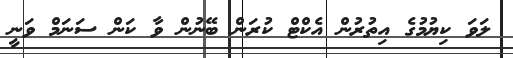
ލަވަ ކިޔުމުގެ އިތުރުން އެކްޓް ކުރަން ބޭނުން ވާ ކަން ސަނަމް ވަނީ